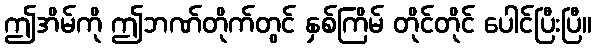
ဤအိမ်ကို ဤဘဏ်တိုက်တွင် နှစ်ကြိမ် တိုင်တိုင် ပေါင်ပြီးပြီ။